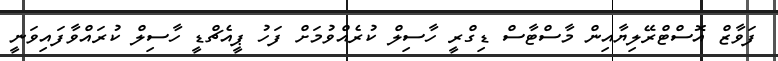
ފަވާޒް އޮސްޓްރޭލިޔާއިން މާސްޓާސް ޑިގްރީ ހާސިލް ކުރެއްވުމަށް ފަހު ޕީއެޗްޑީ ހާސިލް ކުރައްވާފައިވަނީ